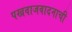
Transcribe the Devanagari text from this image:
पखवाजवादनाची